Rangoon Lunatic Asylum 1898-1906 - 1898-1906
Year: 1898
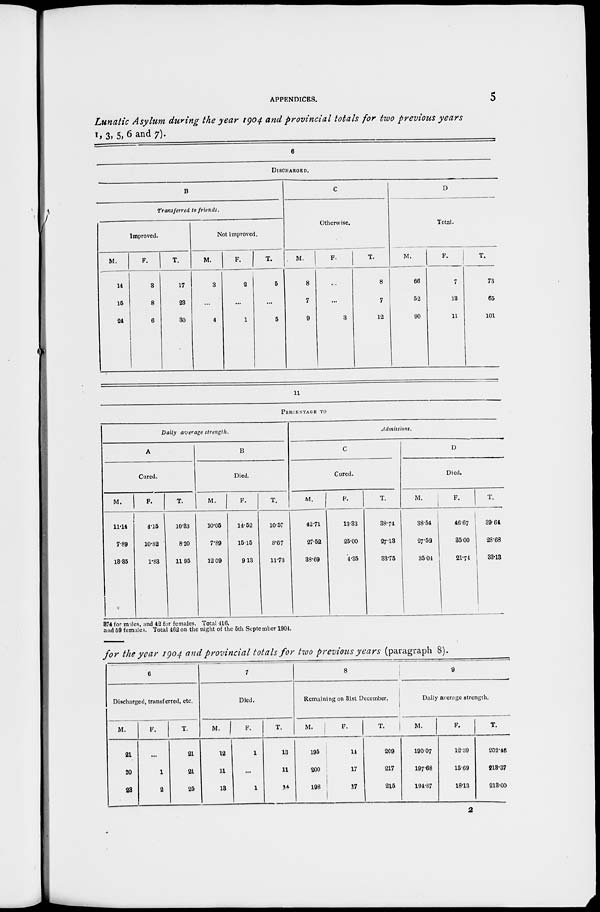
APPENDICES.
5
Lunatic Asylum during the year 1904 and provincial totals for two previous years
1, 3, 5, 6 and 7).
6
DISCHARGED.
B
Transferred to friends.
Improved.
M.
14
15
24
F.
3
8
6
T.
17
23
30
Not improved.
M.
3
...
4
F.
2
...
1
T.
5
...
5
C
Otherwise.
M.
8
7
9
F.
...
...
3
T.
8
7
12
D
Total.
M.
66
52
90
F.
7
18
11
T.
73
65
101
11
PERCENTAGE TO
Daily average strength.
A
Cured.
M.
11.14
7.89
13.35
F.
4.15
10.82
1.83
T.
10.33
8.20
11.95
B
Died.
M.
10.05
7.89
12.09
F.
14.52
15.15
9.13
T.
10.57
8.67
11.73
Admissions.
C
Cured.
M.
42.71
27.52
38.69
F.
13.33
25.00
4.35
T.
38.74
27.13
33.75
D
Died.
M.
38.54
27.52
35.04
F.
46.67
35.00
21.74
T.
39.64
28.68
33.13
374 for males, and 42 for females. Total 416.
and 59 females. Total 462 on the night of the 5th September 1904.
for the year 1904 and provincial totals for two previous years (paragraph 8).
6
Discharged, transferred, etc.
M.
21
20
23
F.
...
1
2
T.
21
21
25
7
Died.
M.
12
11
13
F.
1
...
1
T.
13
11
14
8
Remaining on 31st December.
M.
195
200
198
F.
14
17
17
T.
209
217
215
9
Daily average strength.
M.
190.07
197.68
194.87
F.
12.39
15.69
18.13
T.
202.46
213.37
213.00
2